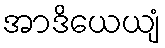
အာဒိယေယျံ